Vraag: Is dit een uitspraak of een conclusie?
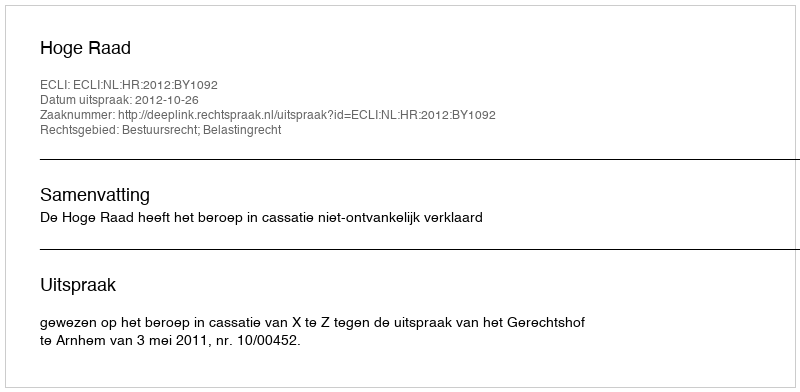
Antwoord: Uitspraak